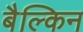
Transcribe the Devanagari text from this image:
बैल्किन